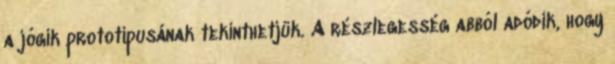
a jógik prototípusának tekinthetjük. A részlegesség abból adódik, hogy